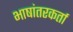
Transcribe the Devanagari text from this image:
भाषांतरकर्ता